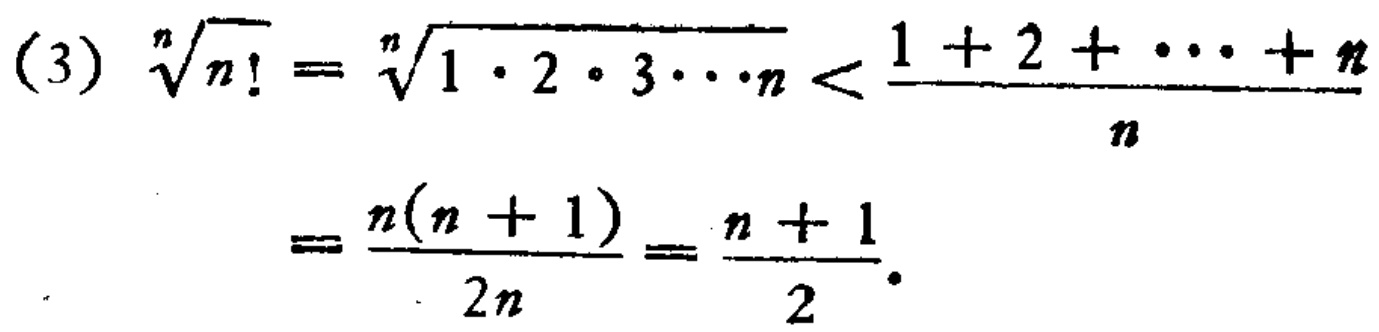
(3) \(\sqrt[n]{n!}=\sqrt[n]{1\cdot2\cdot3\cdots n}<\frac{1 + 2+\cdots + n}{n}\)

\(=\frac{n(n + 1)}{2n}=\frac{n + 1}{2}\)